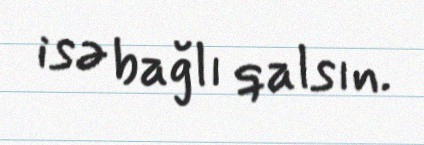
isə bağlı qalsın.